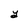
Character: Y